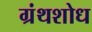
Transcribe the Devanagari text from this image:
ग्रंथशोध